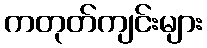
ကတုတ်ကျင်းများ